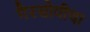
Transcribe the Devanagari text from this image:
गैरसोयीचा